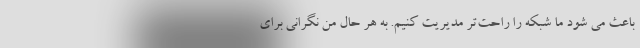
باعث می شود ما شبکه را راحت‌تر مدیریت کنیم. به هر حال من نگرانی برای